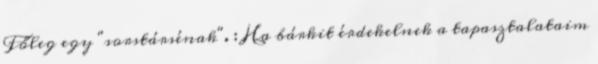
Főleg egy "sorstársénak". : Ha bárkit érdekelnek a tapasztalataim